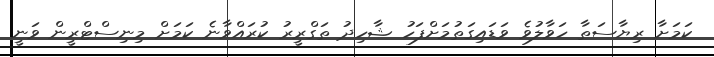
ކަމަށާ ރިޔާސަތާ ހަވާލުވެ ވަޑައިގަތުމަށްފަހު ޝާހިދު ތަގްރީރު ކުރައްވާނެ ކަމަށް މިނިސްޓްރީން ވަނީ